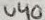
Text: U40